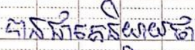
បានជាគេនិយាយថា